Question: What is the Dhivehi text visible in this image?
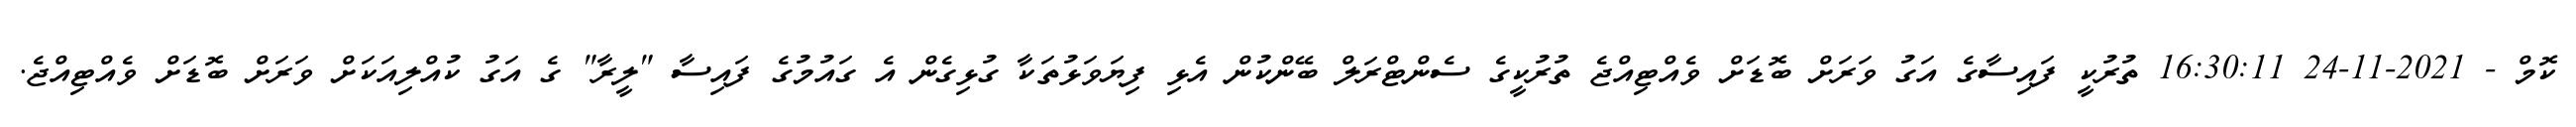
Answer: ކޮމް - 2021-11-24 16:30:11 ތުރުކީ ފައިސާގެ އަގު ވަރަށް ބޮޑަށް ވެއްޓިއްޖެ ތުރުކީގެ ސެންޓްރަލް ބޭންކުން އެޅި ފިޔަވަޅުތަކާ ގުޅިގެން އެ ގައުމުގެ ފައިސާ "ލީރާ" ގެ އަގު ކުއްލިއަކަށް ވަރަށް ބޮޑަށް ވެއްޓިއްޖެ.